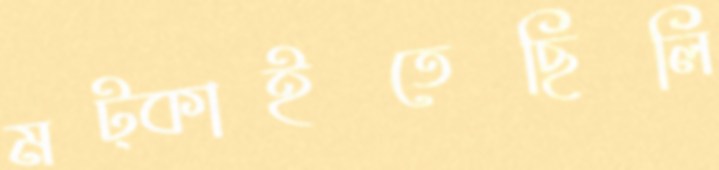
মট্‌কাইতেছিলি